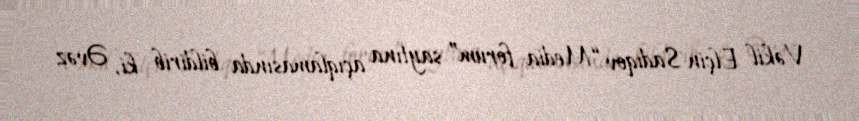
Vəkil Elçin Sadıqov “Media forum” saytına açıqlamasında bildirib ki, Əvəz